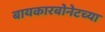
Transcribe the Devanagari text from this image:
बायकारबोनेटच्या